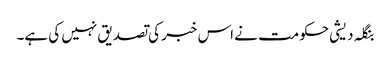
بنگلہ دیشی حکومت نے اس خبر کی تصدیق نہیں کی ہے۔